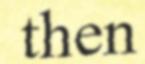
then